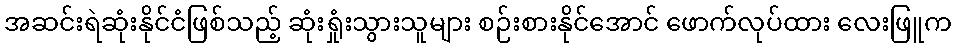
အဆင်းရဲဆုံးနိုင်ငံဖြစ်သည့် ဆုံးရှုံးသွားသူများ စဉ်းစားနိုင်အောင် ဖောက်လုပ်ထား လေးဖြူက